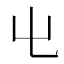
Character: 𡳾